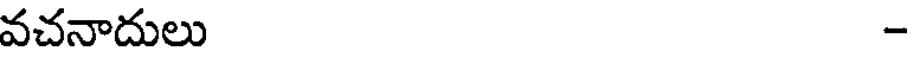
వచనాదులు -